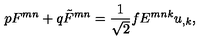
p F ^ { m n } + q \tilde { F } ^ { m n } = \frac { 1 } { \sqrt 2 } f E ^ { m n k } u _ { , k } ,